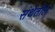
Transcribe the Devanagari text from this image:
संथेतील